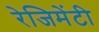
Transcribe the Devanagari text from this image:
रेजिमेंटी